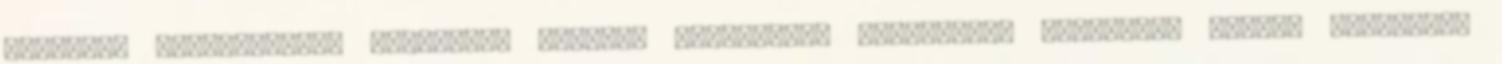
jános,B- Éva-Vicus,B- Ildykó,B- Inci,B- Jaksika,B- Margóca,B- Maroka,B- Őszné, Marika,B-